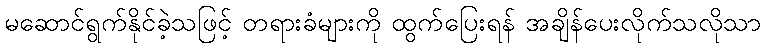
မဆောင်ရွက်နိုင်ခဲ့သဖြင့် တရားခံများကို ထွက်ပြေးရန် အချိန်ပေးလိုက်သလိုသာ